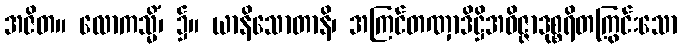
အဇိတ။ လောကသ္မိံ၊ ၌။ ယာနိသောတာနိ၊ အကြင်တဏှာဒိဋ္ဌိအဝိဇ္ဇာဒုစ္စရိတကြွင်းသော